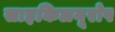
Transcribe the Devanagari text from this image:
साइकिलयूरोप